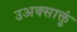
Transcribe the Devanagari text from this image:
उअक्साक्तुं